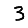
Digit: 3